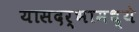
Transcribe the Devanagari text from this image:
यासदर्भामध्ये